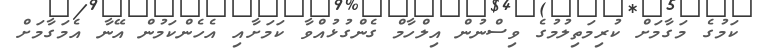
ކަމުގެ މަގާމަށް ކުރިމަތިލުމުގެ ވިސްނުން އިލްހާމް ގެންގުޅުއްވާ ކަމަށާއި އެހެންކަމުން އޭނާ އެމަގާމަށް